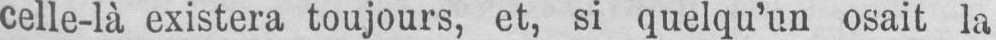
celle-là existera toujours, et, si quelqu’un osait la